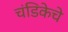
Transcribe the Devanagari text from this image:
चंडिकेचे